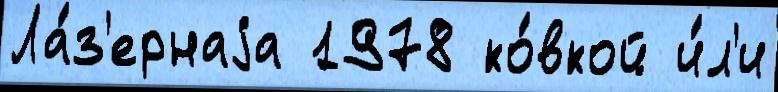
Ла́з'ернаjа 1978 ко́вкой и́л'и